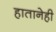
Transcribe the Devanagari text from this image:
हातानेही